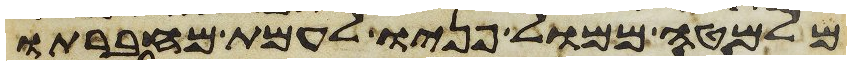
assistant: מלמטה ממול פניו לעמת מחברתו